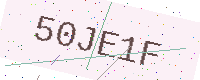
Text: 50JE1F